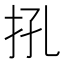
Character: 𢪬